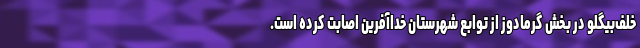
خلف‌بیگلو در بخش گرمادوز از توابع شهرستان خداآفرین اصابت کرده است.